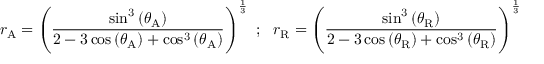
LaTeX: r _ { \mathrm { A } } = \left( { \frac { \sin ^ { 3 } \left( \theta _ { \mathrm { A } } \right) } { 2 - 3 \cos \left( \theta _ { \mathrm { A } } \right) + \cos ^ { 3 } \left( \theta _ { \mathrm { A } } \right) } } \right) ^ { \frac { 1 } { 3 } } ~ ; ~ ~ r _ { \mathrm { R } } = \left( { \frac { \sin ^ { 3 } \left( \theta _ { \mathrm { R } } \right) } { 2 - 3 \cos \left( \theta _ { \mathrm { R } } \right) + \cos ^ { 3 } \left( \theta _ { \mathrm { R } } \right) } } \right) ^ { \frac { 1 } { 3 } }